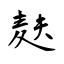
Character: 麸